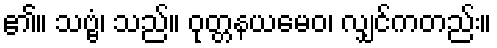
၏။ သဗ္ဗံ၊ သည်။ ဝုတ္တနယမေဝ၊ လျှင်ကတည်း။